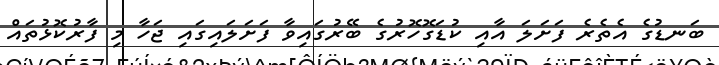
ބަނޑުގެ އެތެރެ ފަށަލަ އާއި ކުޑަގޮހޮރުގެ ބޭރުގައިވާ ފަށަލައިގައި ޖަހާ މި ފާރުކޮޅުތައް